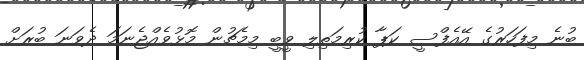
ބުނެ މިފަހަރުގެ އޭއެފްސީ ކަޕާ ކުރިމަތިލި ވީބީ މިމެޗުން މޮޅުވެއްޖެނަމަ ދެވަނަ ބުރަށް